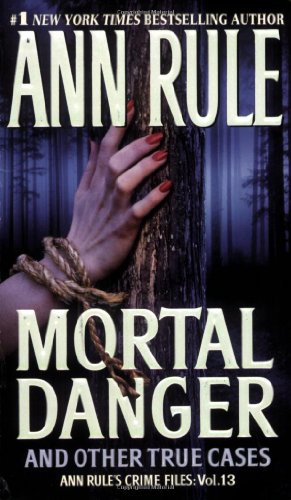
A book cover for Mortal Danger (Ann Rule's Crime Files #13); Ann Rule; Biographies & Memoirs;